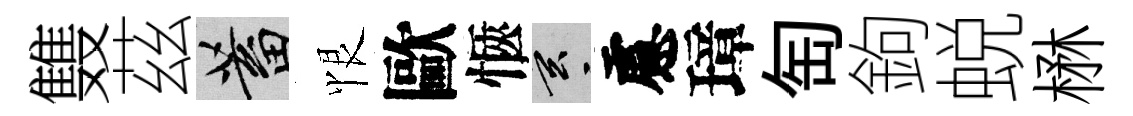
䨇茲蓄恨歐愜玄慮璋匋鉤蜕楙